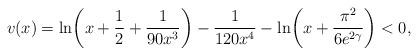
LaTeX: \begin{align*}v(x)= \ln \biggl(x+\frac12+\frac1{90x^3} \biggr)-\frac1{120x^4}- \ln \biggl(x+\frac{\pi^2}{6e^{2\gamma}} \biggr)<0,\end{align*}